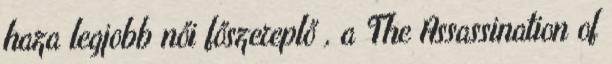
haza legjobb női főszereplő , a The Assassination of